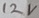
Text: 12V